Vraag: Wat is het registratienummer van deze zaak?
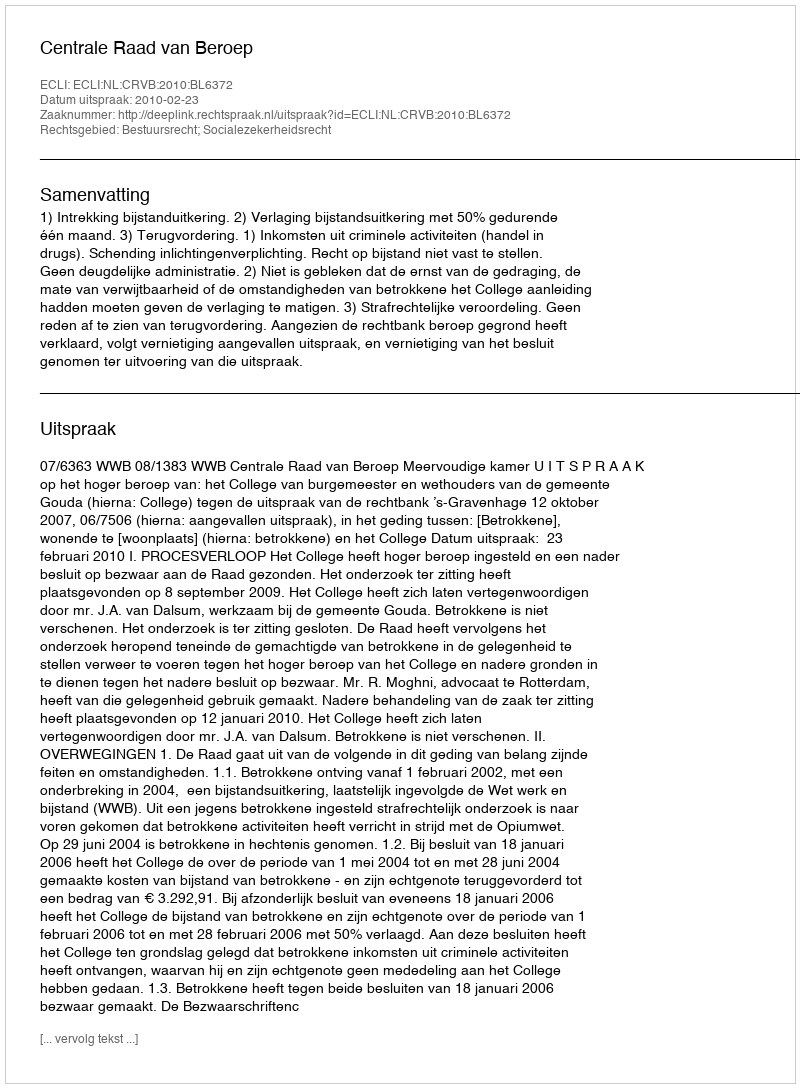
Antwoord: http://deeplink.rechtspraak.nl/uitspraak?id=ECLI:NL:CRVB:2010:BL6372